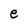
Character: e